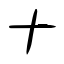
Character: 十